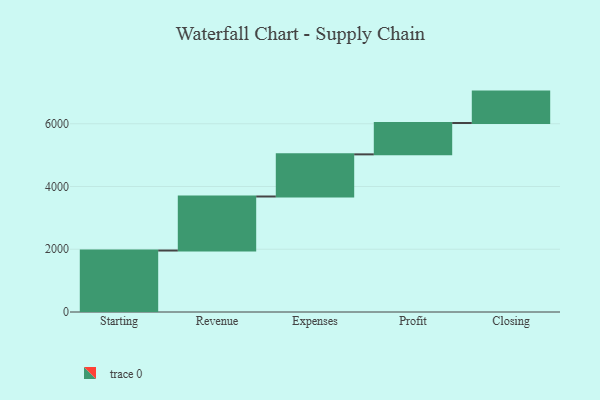
{"axis": {"x": "Step", "y": "Value"}, "legend": [""], "data": [{"x": "Starting", "y": 1959.0, "type": ""}, {"x": "Revenue", "y": 1722.0, "type": ""}, {"x": "Expenses", "y": 1343.0, "type": ""}, {"x": "Profit", "y": 1000, "type": ""}, {"x": "Closing", "y": 1000, "type": ""}]}